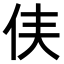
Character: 𫢑